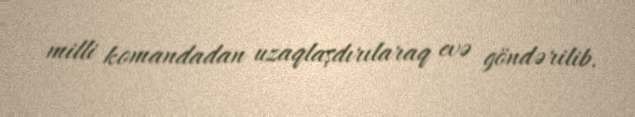
milli komandadan uzaqlaşdırılaraq evə göndərilib.